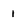
Character: 1